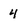
Character: 4